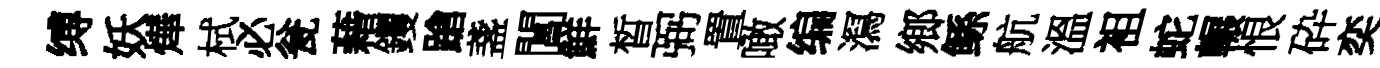
缚妖燁栻必瓮藉钁蹌盞閶鮮晳弼置噉编㵼鄉鲧航溫袓蛇輾恨砕奕